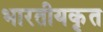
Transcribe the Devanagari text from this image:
भारतीयकृत